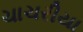
ચાચરીયા